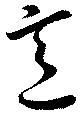
意